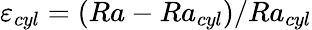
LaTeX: \varepsilon_{cyl}=(Ra-Ra_{cyl})/Ra_{cyl}